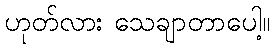
ဟုတ်လား သေချာတာပေါ့။